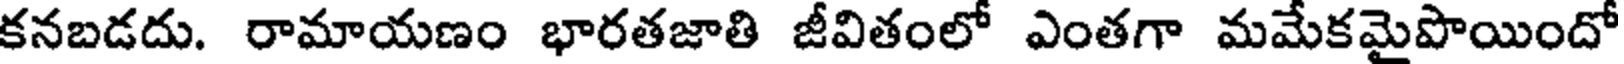
కనబడదు. రామాయణం భారతజాతి జీవితంలో ఎంతగా మమేకమైపొయిందో